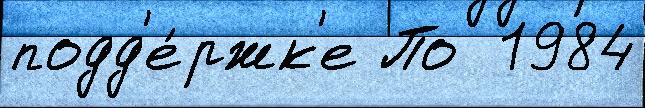
подд'е́ржк'е По  1984